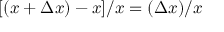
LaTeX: [ ( x + \Delta x ) - x ] / x = ( \Delta x ) / x